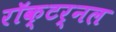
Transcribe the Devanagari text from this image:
रॉक्टर्नल